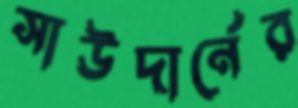
সাউদার্নের